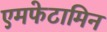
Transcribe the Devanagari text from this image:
एमफेटामिन